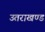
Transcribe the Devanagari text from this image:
उतराखण्ड